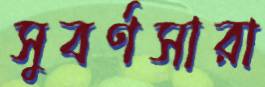
সুবর্ণসারা